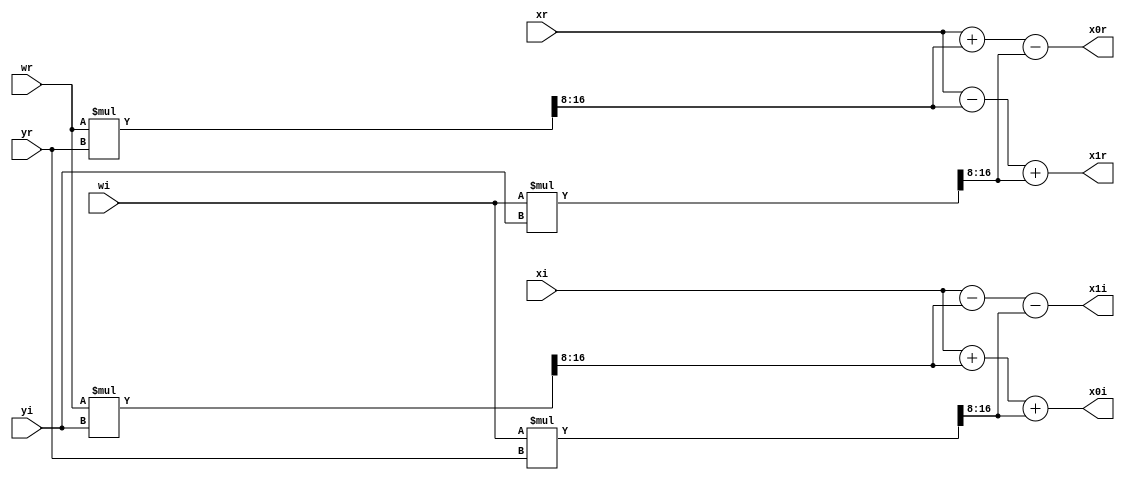
`timescale 1ns / 1ps
//////////////////////////////////////////////////////////////////////////////////
// Company: 
// Engineer: 
// 
// Design Name: 
// Module Name: bfly4_4
// Project Name: 
// Target Devices: 
// Tool Versions: 
// Description: 
// 
// Dependencies: 
// 
// Revision:
// Revision 0.01 - File Created
// Additional Comments:
// 
//////////////////////////////////////////////////////////////////////////////////


module bfly4_4( xr,xi,yr,yi,wr,wi,x0r,x0i,x1r,x1i ); //W18 & W38

    input signed [8:0] xr,xi,yr,yi;
    input signed [8:0] wr,wi;
    output [8:0] x0r,x0i,x1r,x1i;
    wire [17:0] p1,p2,p3,p4;
    assign p1 = wr*yr;
    assign p2 = wi*yi;
    assign p3 = wr*yi;
    assign p4 = wi*yr;
    assign x0r = xr+p1[17:8]-p2[17:8];
    assign x0i = xi+p3[17:8]+p4[17:8];
    assign x1r = xr-p1[17:8]+p2[17:8];
    assign x1i = xi-p3[17:8]-p4[17:8];
    
endmodule